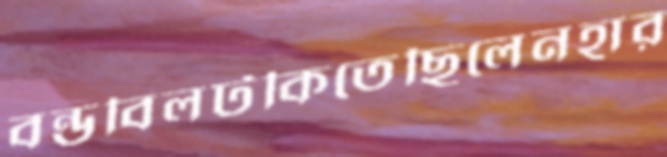
বন্ডবিলটকিতেছিলেনহার